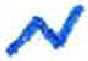
אות: מ